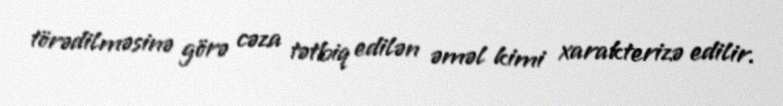
törədilməsinə görə cəza tətbiq edilən əməl kimi xarakterizə edilir.